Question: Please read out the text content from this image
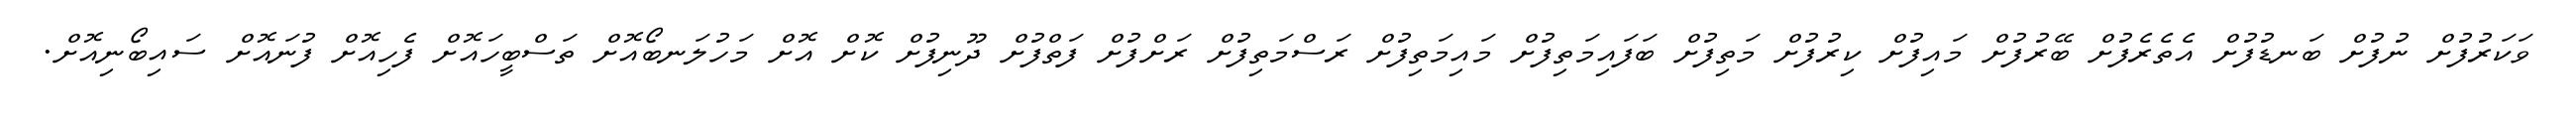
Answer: ވަކަރުފުށް ނުފުށް ބަނޑުފުށް އެތެރެފުށް ބޭރުފުށް މައިފުށް ކިރުފުށް މަތިފުށް ބަފައިމަތިފުށް މައިމަތިފުށް ރަސްމަތިފުށް ރަށްފުށް ފަތްފުށް ދޫނިފުށް ކޮށް އޮށް މަހުލަނބޯއޮށް ތަސްބީހައޮށް ފެހިއޮށް ފުނައޮށް ސައިބޯނިއޮށް.